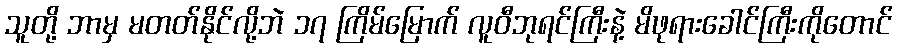
သူတို့ ဘာမှ မတတ်နိုင်လို့ဘဲ ၁၇ ကြိမ်မြောက် လူဝီဘုရင်ကြီးနဲ့ မိဖုရားခေါင်ကြီးကိုတောင်